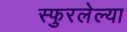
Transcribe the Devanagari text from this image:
स्फुरलेल्या